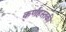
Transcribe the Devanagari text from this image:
कर्णहस्तकी